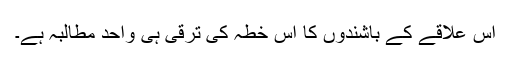
اس علاقے کے باشندوں کا اس خطہ کی ترقی ہی واحد مطالبہ ہے۔